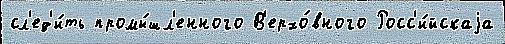
сл'ед'и́ть промы́шл'енного В'ерхо́вного Росс'и́йскаjа